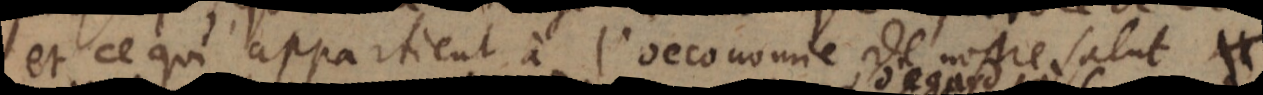
et ce qui appartient à l’oeconomie de nostre salut